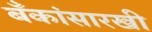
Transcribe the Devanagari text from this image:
बँकांसारखी